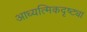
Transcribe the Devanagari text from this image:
आध्यत्मिकदृष्ट्या